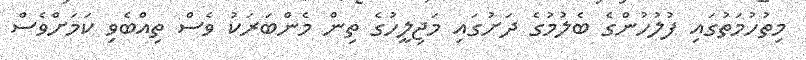
މިތުހުމަތުގައި ފުލުހުންގެ ބެލުމުގެ ދަށުގައި މަޖިލީހުގެ ތިން މެންބަރަކު ވެސް ތިއްބެވި ކަމަށްވެސް